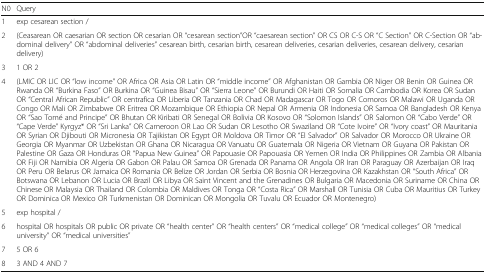
| N0 | Query |
 | --- | --- |
 | 1 | exp cesarean section / |
 | 2 | (Ceasarean OR caesarian OR section OR cesarian OR “cesarean section”OR “caesarean section” OR CS OR C-S OR “C Section” OR C-Section OR “abdominal delivery” OR “abdominal deliveries” cesarean birth, cesarian birth, cesarean deliveries, cesarian deliveries, cesarean delivery, cesarian delivery) |
 | 3 | 1 OR 2 |
 | 4 | (LMIC OR LIC OR “low income” OR Africa OR Asia OR Latin OR “middle income” OR Afghanistan OR Gambia OR Niger OR Benin OR Guinea OR Rwanda OR “Burkina Faso” OR Burkina OR “Guinea Bisau” OR “Sierra Leone” OR Burundi OR Haiti OR Somalia OR Cambodia OR Korea OR Sudan OR “Central African Republic” OR centrafica OR Liberia OR Tanzania OR Chad OR Madagascar OR Togo OR Comoros OR Malawi OR Uganda OR Congo OR Mali OR Zimbabwe OR Eritrea OR Mozambique OR Ethiopia OR Nepal OR Armenia OR Indonesia OR Samoa OR Bangladesh OR Kenya OR “Sao Tomé and Principe” OR Bhutan OR Kiribati OR Senegal OR Bolivia OR Kosovo OR “Solomon Islands” OR Salomon OR “Cabo Verde” OR “Cape Verde” Kyrgyz* OR “Sri Lanka” OR Cameroon OR Lao OR Sudan OR Lesotho OR Swaziland OR “Cote Ivoire” OR “Ivory coast” OR Mauritania OR Syrian OR Djibouti OR Micronesia OR Tajikistan OR Egypt OR Moldova OR Timor OR “El Salvador” OR Salvador OR Morocco OR Ukraine OR Georgia OR Myanmar OR Uzbekistan OR Ghana OR Nicaragua OR Vanuatu OR Guatemala OR Nigeria OR Vietnam OR Guyana OR Pakistan OR Palestine OR Gaza OR Honduras OR “Papua New Guinea” OR Papouasie OR Papouasia OR Yemen OR India OR Philippines OR Zambia OR Albania OR Fiji OR Namibia OR Algeria OR Gabon OR Palau OR Samoa OR Grenada OR Panama OR Angola OR Iran OR Paraguay OR Azerbaijan OR Iraq OR Peru OR Belarus OR Jamaica OR Romania OR Belize OR Jordan OR Serbia OR Bosnia OR Herzegovina OR Kazakhstan OR “South Africa” OR Botswana OR Lebanon OR Lucia OR Brazil OR Libya OR Saint Vincent and the Grenadines OR Bulgaria OR Macedonia OR Suriname OR China OR Chinese OR Malaysia OR Thailand OR Colombia OR Maldives OR Tonga OR “Costa Rica” OR Marshall OR Tunisia OR Cuba OR Mauritius OR Turkey OR Dominica OR Mexico OR Turkmenistan OR Dominican OR Mongolia OR Tuvalu OR Ecuador OR Montenegro) |
 | 5 | exp hospital / |
 | 6 | hospital OR hospitals OR public OR private OR “health center” OR “health centers” OR “medical college” OR “medical colleges” OR “medical university” OR “medical universities” |
 | 7 | 5 OR 6 |
 | 8 | 3 AND 4 AND 7 |